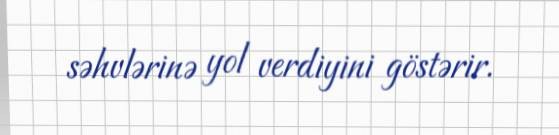
səhvlərinə yol verdiyini göstərir.